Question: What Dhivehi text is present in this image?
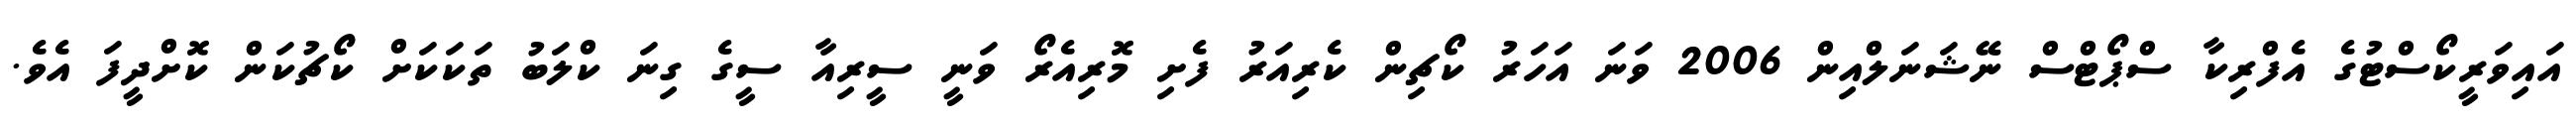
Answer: އައިވަރީކޯސްޓުގެ އެފްރިކާ ސްޕޯޓްސް ނޭޝަނަލްއިން 2006 ވަނަ އަހަރު ކޯޗިން ކެރިއަރު ފެށި މޮރިއެރޯ ވަނީ ސީރިއާ ސީގެ ގިނަ ކްލަބު ތަކަކަށް ކޯޗުކަން ކޮށްދީފަ އެވެ.